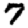
Digit: 7